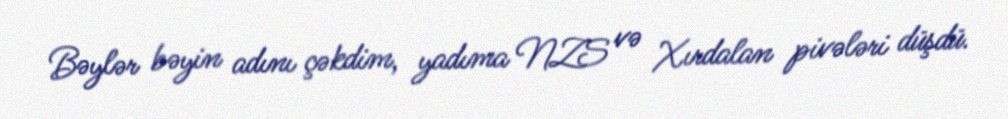
Bəylər bəyin adını çəkdim, yadıma NZS və Xırdalan pivələri düşdü.